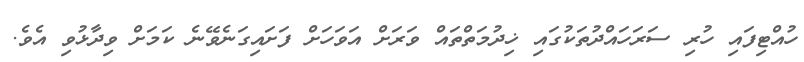
ހުއްޓިފައި ހުރި ސަރަހައްދުތަކުގައި ޚިދުމަތްތައް ވަރަށް އަވަހަށް ފަށައިގަނެވޭނެ ކަމަށް ވިދާޅުވި އެވެ.